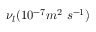
\nu _ { l } ( 1 0 ^ { - 7 } m ^ { 2 } \ s ^ { - 1 } )